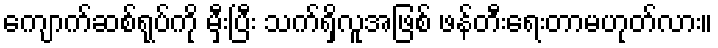
ကျောက်ဆစ်ရုပ်ကို မှီးပြီး သက်ရှိလူအဖြစ် ဖန်တီးရေးတာမဟုတ်လား။